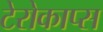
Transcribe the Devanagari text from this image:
टेरोकाप्स